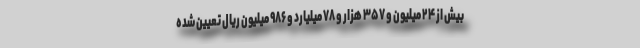
بیش از ۲۴ میلیون و ۳۵۷ هزار و ۷۸ میلیارد و ۹۸۶ میلیون ریال تعیین شده